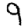
Digit: 9